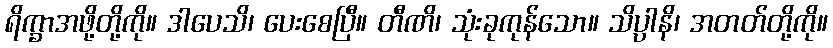
ရိက္ခာအဖို့တို့ကို။ ဒါပေသိ၊ ပေးစေပြီ။ တီဏိ၊ သုံးခုကုန်သော။ သိပ္ပါနိ၊ အတတ်တို့ကို။